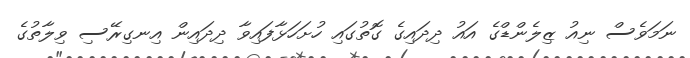
ނަމަވެސް ނިއު ޒިލެންޑްގެ އައު ދިދައިގެ ގޮތުގައި ހުށަހަޅާފައިވާ ދިދައިން އިނގިރޭސި ވިލާތުގެ